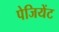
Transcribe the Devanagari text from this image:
पेजियेंट